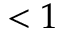
< 1